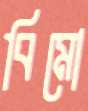
বিমো